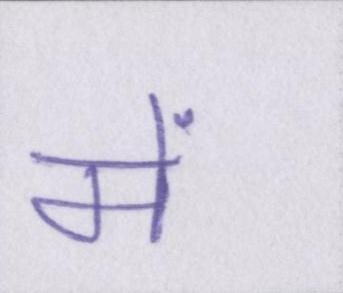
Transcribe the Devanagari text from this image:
में